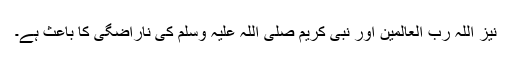
نیز اللہ رب العالمین اور نبی کریم صلی اللہ علیہ وسلم کی ناراضگی کا باعث ہے۔